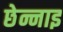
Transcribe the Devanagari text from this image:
छेन्नाइ